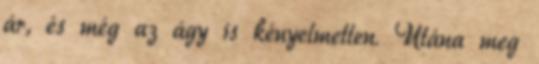
ár, és még az ágy is kényelmetlen. Utána meg